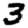
Digit: 3